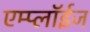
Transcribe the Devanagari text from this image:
एम्प्लॉईज